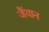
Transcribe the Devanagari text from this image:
जैंथान